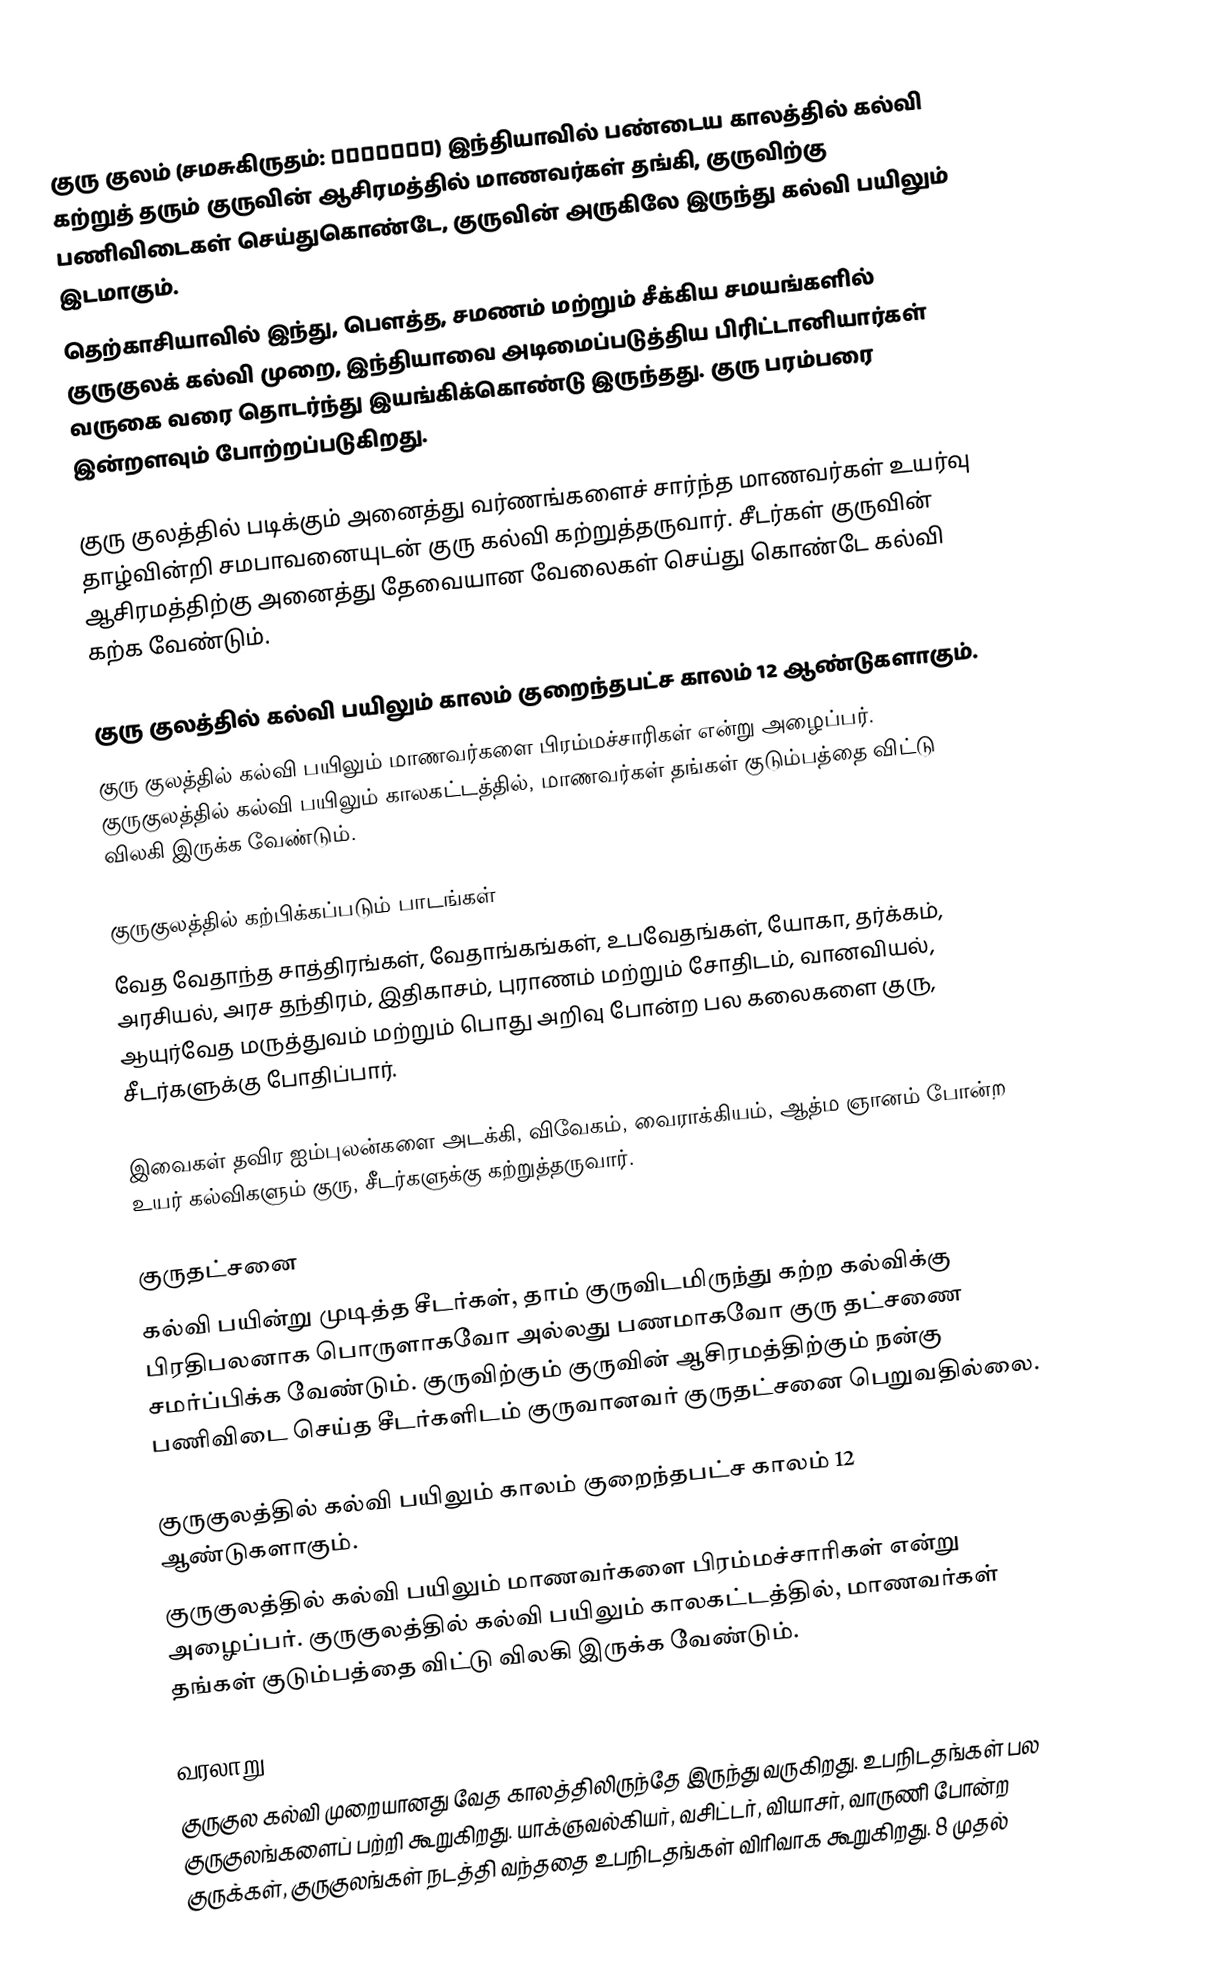
குரு குலம் (சமசுகிருதம்: गुरुकुल) இந்தியாவில் பண்டைய காலத்தில் கல்வி கற்றுத் தரும் குருவின் ஆசிரமத்தில் மாணவர்கள் தங்கி, குருவிற்கு பணிவிடைகள் செய்துகொண்டே, குருவின் அருகிலே இருந்து கல்வி பயிலும் இடமாகும்.
தெற்காசியாவில் இந்து, பௌத்த, சமணம் மற்றும் சீக்கிய சமயங்களில் குருகுலக் கல்வி முறை, இந்தியாவை அடிமைப்படுத்திய பிரிட்டானியார்கள் வருகை வரை தொடர்ந்து இயங்கிக்கொண்டு இருந்தது. குரு பரம்பரை இன்றளவும் போற்றப்படுகிறது.

குரு குலத்தில் படிக்கும் அனைத்து வர்ணங்களைச் சார்ந்த மாணவர்கள் உயர்வு தாழ்வின்றி சமபாவனையுடன் குரு கல்வி கற்றுத்தருவார். சீடர்கள் குருவின் ஆசிரமத்திற்கு அனைத்து தேவையான வேலைகள் செய்து கொண்டே கல்வி கற்க வேண்டும்.

குரு குலத்தில் கல்வி பயிலும் காலம் குறைந்தபட்ச காலம் 12 ஆண்டுகளாகும்.
குரு குலத்தில் கல்வி பயிலும் மாணவர்களை பிரம்மச்சாரிகள் என்று அழைப்பர். குருகுலத்தில் கல்வி பயிலும் காலகட்டத்தில், மாணவர்கள் தங்கள் குடும்பத்தை விட்டு விலகி இருக்க வேண்டும்.

குருகுலத்தில் கற்பிக்கப்படும் பாடங்கள்
வேத வேதாந்த சாத்திரங்கள், வேதாங்கங்கள், உபவேதங்கள், யோகா, தர்க்கம், அரசியல், அரச தந்திரம், இதிகாசம், புராணம் மற்றும் சோதிடம், வானவியல், ஆயுர்வேத மருத்துவம் மற்றும் பொது அறிவு போன்ற பல கலைகளை குரு, சீடர்களுக்கு போதிப்பார்.

இவைகள் தவிர ஐம்புலன்களை அடக்கி, விவேகம், வைராக்கியம், ஆத்ம ஞானம் போன்ற உயர் கல்விகளும் குரு, சீடர்களுக்கு கற்றுத்தருவார்.

குருதட்சனை
கல்வி பயின்று முடித்த சீடர்கள், தாம் குருவிடமிருந்து கற்ற கல்விக்கு பிரதிபலனாக பொருளாகவோ அல்லது பணமாகவோ குரு தட்சணை சமர்ப்பிக்க வேண்டும். குருவிற்கும் குருவின் ஆசிரமத்திற்கும் நன்கு பணிவிடை செய்த சீடர்களிடம் குருவானவர் குருதட்சனை பெறுவதில்லை.

குருகுலத்தில் கல்வி பயிலும் காலம் குறைந்தபட்ச காலம் 12 ஆண்டுகளாகும்.
குருகுலத்தில் கல்வி பயிலும் மாணவர்களை பிரம்மச்சாரிகள் என்று அழைப்பர். குருகுலத்தில் கல்வி பயிலும் காலகட்டத்தில், மாணவர்கள் தங்கள் குடும்பத்தை விட்டு விலகி இருக்க வேண்டும்.

வரலாறு
குருகுல கல்வி முறையானது வேத காலத்திலிருந்தே இருந்து வருகிறது. உபநிடதங்கள் பல குருகுலங்களைப் பற்றி கூறுகிறது. யாக்ஞவல்கியர், வசிட்டர், வியாசர், வாருணி போன்ற குருக்கள், குருகுலங்கள் நடத்தி வந்ததை உபநிடதங்கள் விரிவாக கூறுகிறது. 8 முதல்